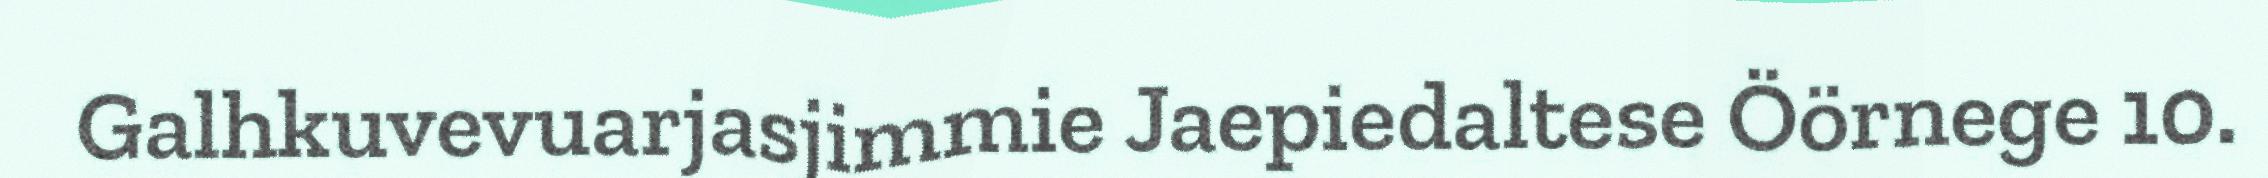
Galhkuvevuarjasjimmie Jaepiedaltese Öörnege 10.